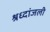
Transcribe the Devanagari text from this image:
श्रध्दांजली